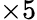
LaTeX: \times 5